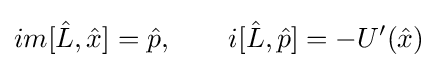
im[{\hat {L}},{\hat {x}}]={\hat {p}},\qquad i[{\hat {L}},{\hat {p}}]=-U'({\hat {x}})